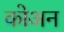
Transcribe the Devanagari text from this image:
कोअन